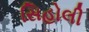
સિહોલી